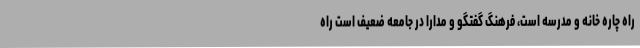
راه چاره خانه و مدرسه است، فرهنگ گفتگو و مدارا در جامعه ضعیف است راه